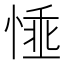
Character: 𢝤